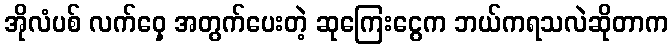
အိုလံပစ် လက်ဝှေ့ အတွက်ပေးတဲ့ ဆုကြေးငွေက ဘယ်ကရသလဲဆိုတာက